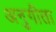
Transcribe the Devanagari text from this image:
अनुगीता